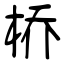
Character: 桥